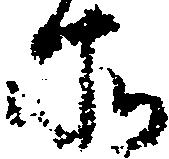
所